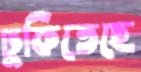
ঢুকিতেছে